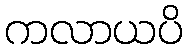
ကလာယပိ